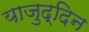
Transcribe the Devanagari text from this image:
याजुद्दिन